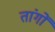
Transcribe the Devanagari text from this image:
तांगों